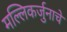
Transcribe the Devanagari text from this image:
मल्लिकर्जुनाचे